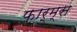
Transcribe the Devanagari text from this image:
फ़ार्म्स